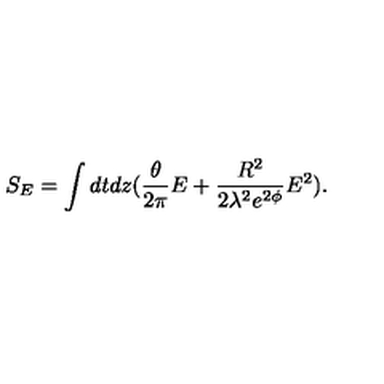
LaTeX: S _ { E } = \int d t d z ( \frac { \theta } { 2 \pi } E + \frac { R ^ { 2 } } { 2 \lambda ^ { 2 } e ^ { 2 \phi } } E ^ { 2 } ) .